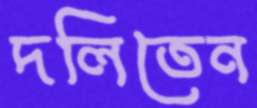
দলিতেন